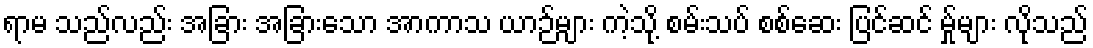
ရာမ သည်လည်း အခြား အခြားသော အာကာသ ယာဉ်များ ကဲ့သို့ စမ်းသပ် စစ်ဆေး ပြင်ဆင် မ်ှုများ လိုသည်